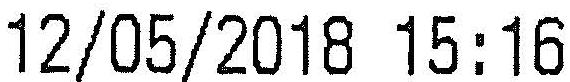
12/05/2018 15:16